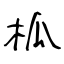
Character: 柧